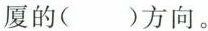
厦的( )方向。